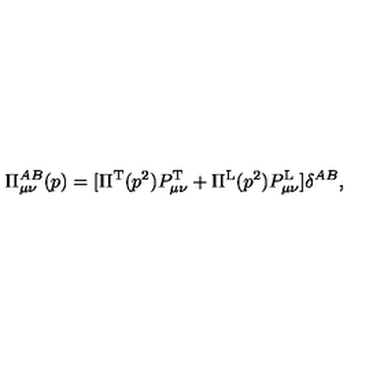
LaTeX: \Pi _ { \mu \nu } ^ { A B } ( p ) = [ \Pi ^ { \mathrm { T } } ( p ^ { 2 } ) P _ { \mu \nu } ^ { \mathrm { T } } + \Pi ^ { \mathrm { L } } ( p ^ { 2 } ) P _ { \mu \nu } ^ { \mathrm { L } } ] \delta ^ { A B } ,